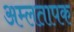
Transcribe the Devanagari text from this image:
अम्लतापक